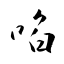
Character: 啗